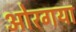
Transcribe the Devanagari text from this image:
ओरगया